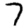
Digit: 7